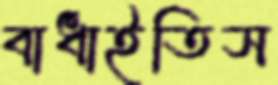
বাধাইতিস